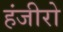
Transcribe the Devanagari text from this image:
हंजीरो